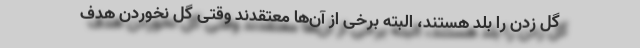
گل زدن را بلد هستند، البته برخی از آن‌ها معتقدند وقتی گل نخوردن هدف